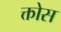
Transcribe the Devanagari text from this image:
क्तोस